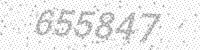
Solution: 655847